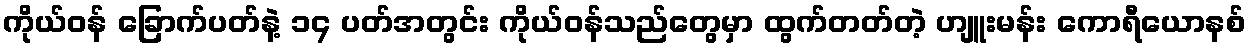
ကိုယ်ဝန် ခြောက်ပတ်နဲ့ ၁၄ ပတ်အတွင်း ကိုယ်ဝန်သည်တွေမှာ ထွက်တတ်တဲ့ ဟျူးမန်း ကောရီယောနစ်